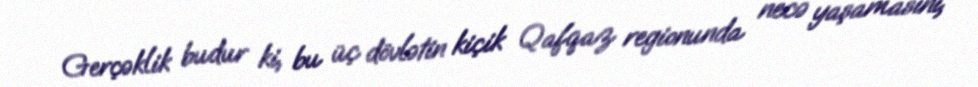
Gerçəklik budur ki, bu üç dövlətin kiçik Qafqaz regionunda necə yaşamasını,